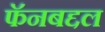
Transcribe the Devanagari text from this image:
फॅनबद्दल